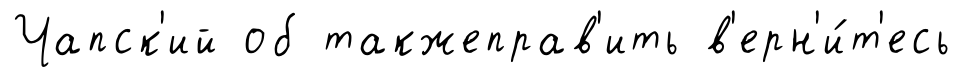
Чапск'ий об такжеправ'ить в'ерн'и́т'есь